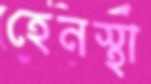
হেনস্থা